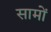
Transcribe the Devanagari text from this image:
सामों